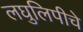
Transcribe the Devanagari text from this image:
लघुलिपीचे